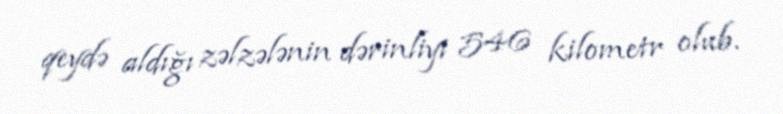
qeydə aldığı zəlzələnin dərinliyi 546 kilometr olub.